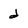
Character: d